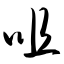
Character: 咀